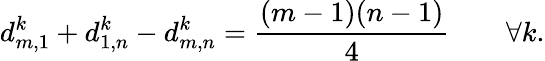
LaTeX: d_{m,1}^{k}+d_{1,n}^{k}-d_{m,n}^{k}=\frac{(m-1)(n-1)}{4}\qquad\forall k.